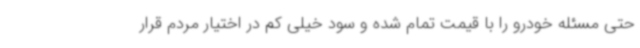
حتی مسئله خودرو را با قیمت تمام شده و سود خیلی کم در اختیار مردم قرار